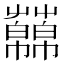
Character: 𧂥